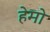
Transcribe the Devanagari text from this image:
हेमो